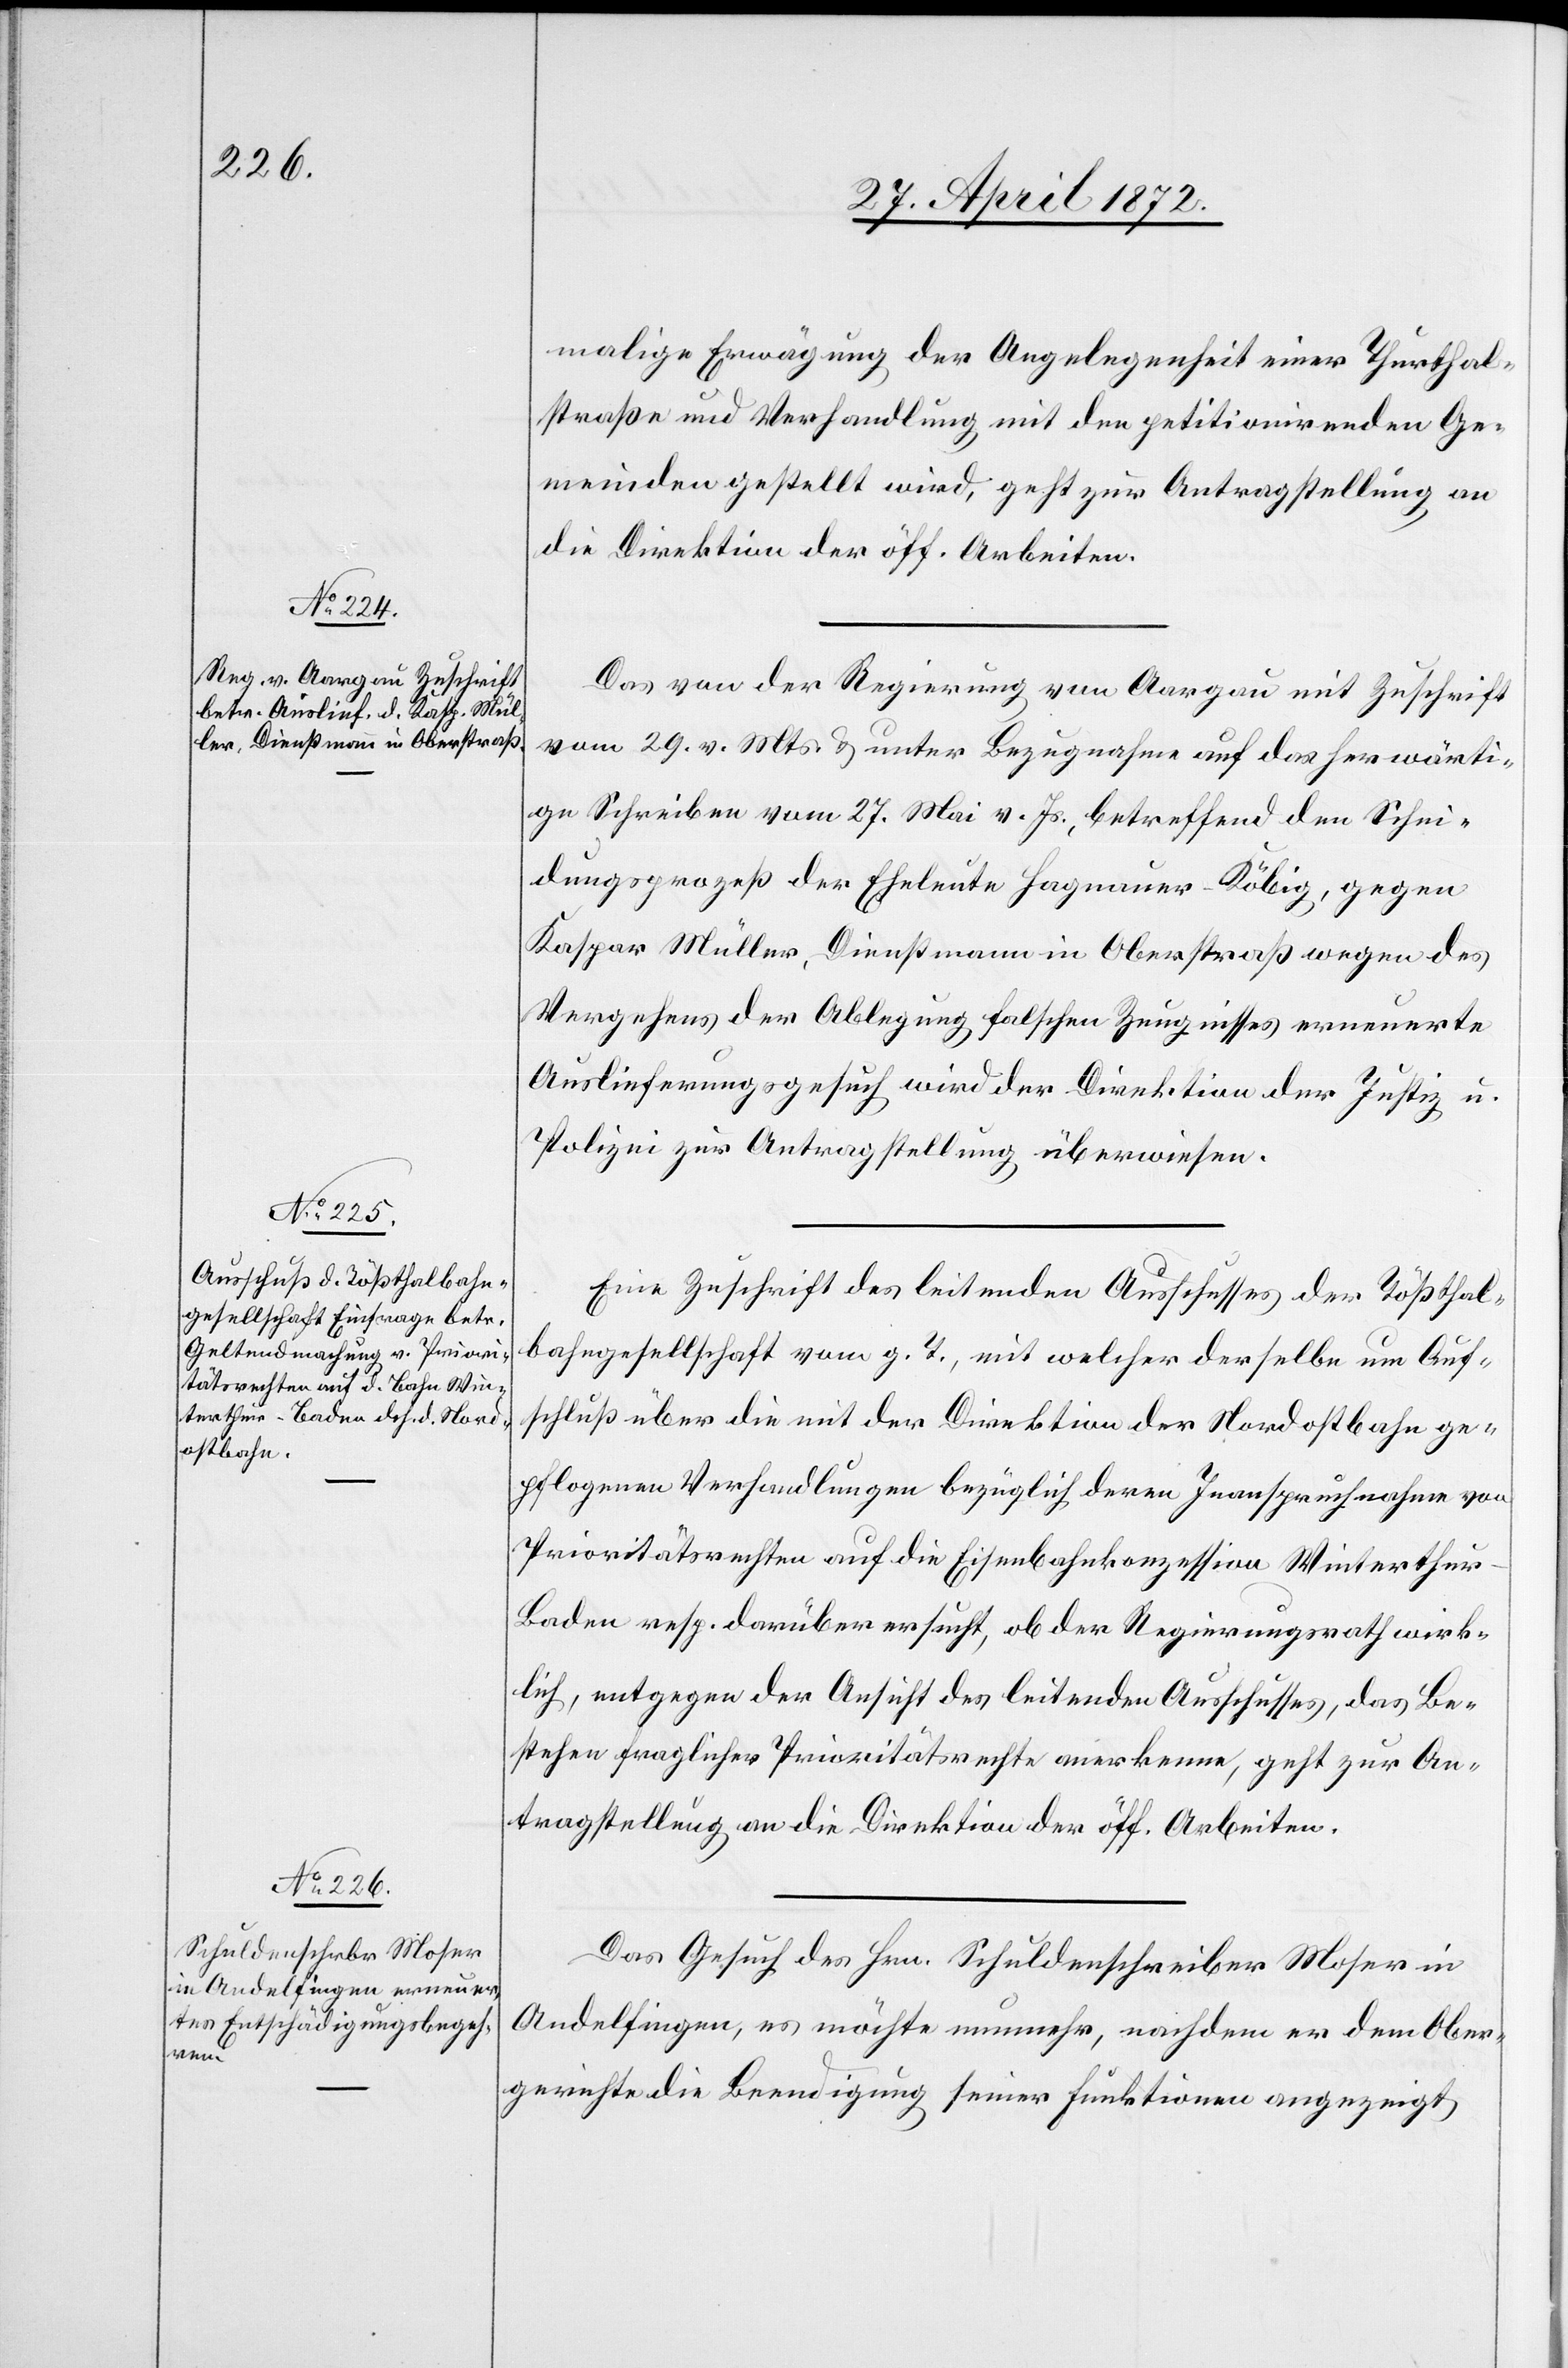
1.

malige Erwägung der Angelegenheit einer Thurthal¬
straße und Verhandlung mit den petitionirenden Ge¬
meinden gestellt wird, geht zur Antragstellung an
die Direktion der öff. Arbeiten.
Das von der Regierung von Aargau mit Zuschrift
vom 29. v. Mts. u. unter Bezugnahme auf das herwärti¬
ge Schreiben vom 27. Mai v. Js., betreffend den Schei¬
dungsprozeß der Eheleute Hagnauer-Köbig, gegen
Kaspar Müller, Dienstmann in Oberstraß wegen des
Vergehens der Ablegung falschen Zeugnisses erneuerte
Auslieferungsgesuch wird der Direktion der Justiz u.
Polizei zur Antragstellung überwiesen.
Eine Zuschrift des leitenden Ausschusses der Tößthal¬
bahngesellschaft vom g. T., mit welcher derselbe um Auf¬
schluß über die mit der Direktion der Nordostbahn ge¬
pflogenen Verhandlungen bezüglich deren Inanspruchnahme von
Prioritätsrechten auf die Eisenbahnkonzession Winterthu¬
r–Baden resp. darüber ersucht, ob der Regierungsrath wirk¬
lich, entgegen der Ansicht des leitenden Ausschusses, das Be¬
stehen fraglicher Prioritätsrechte anerkenne, geht zur An¬
tragstellung an die Direktion der öff. Arbeiten.
Das Gesuch des Hrn. Schuldenschreiber Moser in
Andelfingen, es möchte nunmehr, nachdem er dem Ober¬
gerichte die Beendigung seiner Funktionen angezeigt